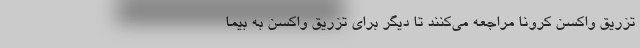
تزریق واکسن کرونا مراجعه می‌کنند تا دیگر برای تزریق واکسن به بیما